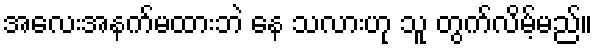
အလေးအနက်မထားဘဲ နေ သလားဟု သူ တွက်လိမ့်မည်။